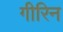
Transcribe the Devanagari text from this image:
गीरिन